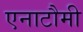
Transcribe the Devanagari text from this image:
एनाटौमी